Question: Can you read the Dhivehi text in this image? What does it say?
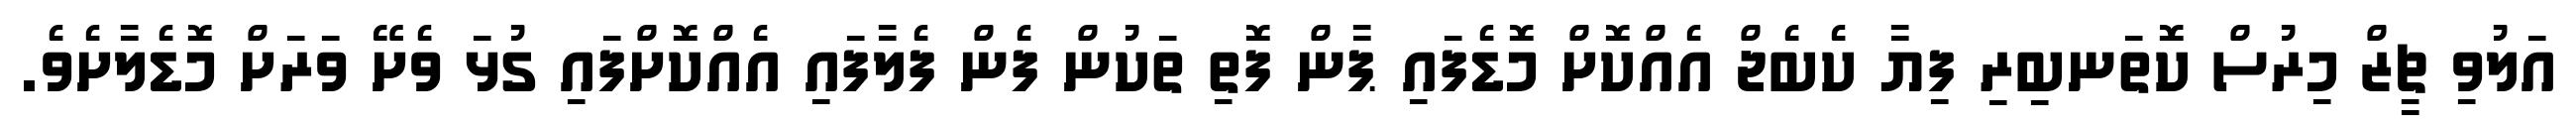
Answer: އަލުވި ޗީޒް މިރުސް ކޮތަނބިރި ފިޔާ ކެބެޖް އެއްކޮށް މޮޑެފައި ޕާން ފޮތި ތަކުން ފެން ފެލާފައި އެއްކޮށްފައި ގުޅަ ވެށޭ ވަރަށް މޮޑެލާށެވެ.